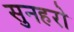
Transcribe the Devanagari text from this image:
सुनहरो